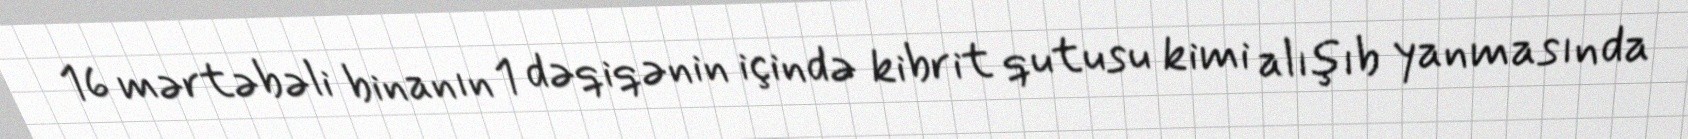
16 mərtəbəli binanın 1 dəqiqənin içində kibrit qutusu kimi alışıb yanmasında